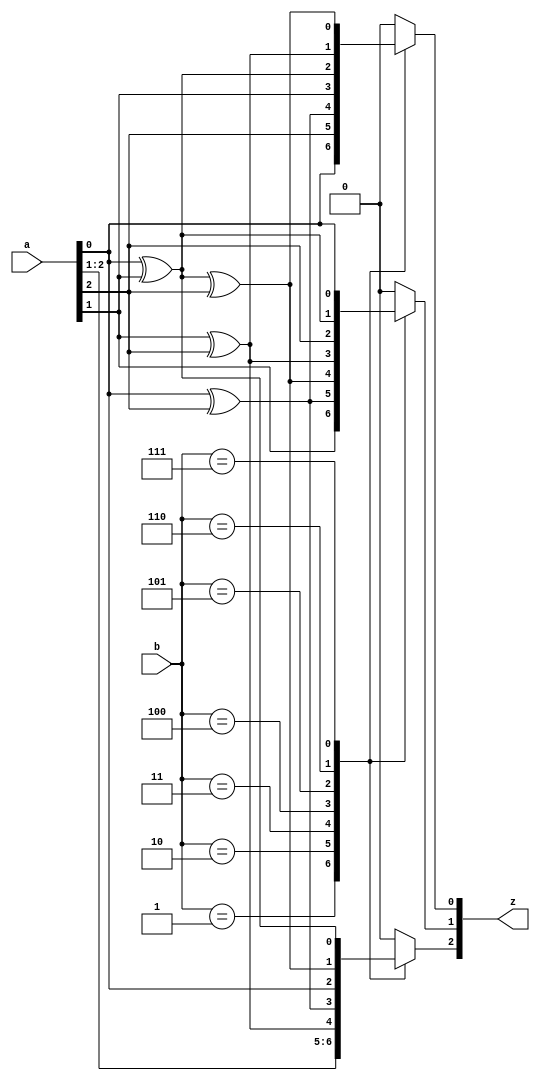
`timescale 1ns/100ps
module gf8mul(
    input       [2:0] a,
    input       [2:0] b,
    output  reg [2:0] z
);
always @(*)
begin
    case (b)
        3'd1:
            begin
                z[0] = a[0];
                z[1] = a[1];
                z[2] = a[2];
            end
        3'd2:
            begin
                z[0] = a[2];
                z[1] = a[0] ^ a[2];
                z[2] = a[1];
            end
        3'd3:
            begin
                z[0] = a[0] ^ a[2];
                z[1] = a[0] ^ a[1] ^ a[2];
                z[2] = a[1] ^ a[2];
            end
        3'd4:
            begin
                z[0] = a[1];
                z[1] = a[1] ^ a[2];
                z[2] = a[0] ^ a[2];
            end
        3'd5:
            begin
                z[0] = a[0] ^ a[1];
                z[1] = a[2];
                z[2] = a[0];
            end
        3'd6:
            begin
                z[0] = a[1] ^ a[2];
                z[1] = a[0] ^ a[1];
                z[2] = a[0] ^ a[1] ^ a[2];
            end
        3'd7:
            begin
                z[0] = a[0] ^ a[1] ^ a[2];
                z[1] = a[0];
                z[2] = a[0] ^ a[1];
            end
        default:
            begin
                z[0] = 0; 
                z[1] = 0; 
                z[2] = 0; 
            end
    endcase
end
endmodule